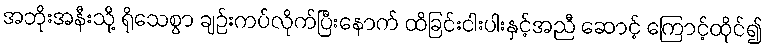
အဘိုးအနီးသို့ ရိုသေစွာ ချဉ်းကပ်လိုက်ပြီးနောက် ထိခြင်းငါးပါးနှင့်အညီ ဆောင့် ကြောင့်ထိုင်၍